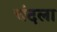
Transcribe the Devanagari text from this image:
चंदला